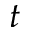
t